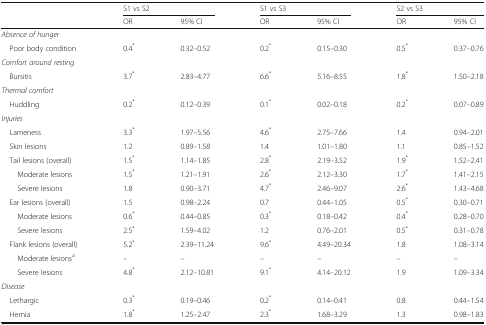
<table><thead><tr><td rowspan="2"></td><td colspan="2"><b>S1 vs S2</b></td><td colspan="2"><b>S1 vs S3</b></td><td colspan="2"><b>S2 vs S3</b></td></tr><tr><td><b>OR</b></td><td><b>95% CI</b></td><td><b>OR</b></td><td><b>95% CI</b></td><td><b>OR</b></td><td><b>95% CI</b></td></tr></thead><tbody><tr><td colspan="7"><i>Absence of hunger</i></td></tr><tr><td> Poor body condition</td><td>0.4<sup>*</sup></td><td>0.32–0.52</td><td>0.2<sup>*</sup></td><td>0.15–0.30</td><td>0.5<sup>*</sup></td><td>0.37–0.76</td></tr><tr><td colspan="7"><i>Comfort around resting</i></td></tr><tr><td> Bursitis</td><td>3.7<sup>*</sup></td><td>2.83–4.77</td><td>6.6<sup>*</sup></td><td>5.16–8.55</td><td>1.8<sup>*</sup></td><td>1.50–2.18</td></tr><tr><td colspan="7"><i>Thermal comfort</i></td></tr><tr><td> Huddling</td><td>0.2<sup>*</sup></td><td>0.12–0.39</td><td>0.1<sup>*</sup></td><td>0.02–0.18</td><td>0.2<sup>*</sup></td><td>0.07–0.89</td></tr><tr><td colspan="7"><i>Injuries</i></td></tr><tr><td> Lameness</td><td>3.3<sup>*</sup></td><td>1.97–5.56</td><td>4.6<sup>*</sup></td><td>2.75–7.66</td><td>1.4</td><td>0.94–2.01</td></tr><tr><td> Skin lesions</td><td>1.2</td><td>0.89–1.58</td><td>1.4</td><td>1.01–1.80</td><td>1.1</td><td>0.85–1.52</td></tr><tr><td> Tail lesions (overall)</td><td>1.5<sup>*</sup></td><td>1.14–1.85</td><td>2.8<sup>*</sup></td><td>2.19–3.52</td><td>1.9<sup>*</sup></td><td>1.52–2.41</td></tr><tr><td>Moderate lesions</td><td>1.5<sup>*</sup></td><td>1.21–1.91</td><td>2.6<sup>*</sup></td><td>2.12–3.30</td><td>1.7<sup>*</sup></td><td>1.41–2.15</td></tr><tr><td>Severe lesions</td><td>1.8</td><td>0.90–3.71</td><td>4.7<sup>*</sup></td><td>2.46–9.07</td><td>2.6<sup>*</sup></td><td>1.43–4.68</td></tr><tr><td> Ear lesions (overall)</td><td>1.5</td><td>0.98–2.24</td><td>0.7</td><td>0.44–1.05</td><td>0.5<sup>*</sup></td><td>0.30–0.71</td></tr><tr><td>Moderate lesions</td><td>0.6<sup>*</sup></td><td>0.44–0.85</td><td>0.3<sup>*</sup></td><td>0.18–0.42</td><td>0.4<sup>*</sup></td><td>0.28–0.70</td></tr><tr><td>Severe lesions</td><td>2.5<sup>*</sup></td><td>1.59–4.02</td><td>1.2</td><td>0.76–2.01</td><td>0.5<sup>*</sup></td><td>0.31–0.78</td></tr><tr><td> Flank lesions (overall)</td><td>5.2<sup>*</sup></td><td>2.39–11.24</td><td>9.6<sup>*</sup></td><td>4.49–20.34</td><td>1.8</td><td>1.08–3.14</td></tr><tr><td>Moderate lesions<sup>a</sup></td><td>–</td><td>–</td><td>–</td><td>–</td><td>–</td><td>–</td></tr><tr><td>Severe lesions</td><td>4.8<sup>*</sup></td><td>2.12–10.81</td><td>9.1<sup>*</sup></td><td>4.14–20.12</td><td>1.9</td><td>1.09–3.34</td></tr><tr><td colspan="7"><i>Disease</i></td></tr><tr><td> Lethargic</td><td>0.3<sup>*</sup></td><td>0.19–0.46</td><td>0.2<sup>*</sup></td><td>0.14–0.41</td><td>0.8</td><td>0.44–1.54</td></tr><tr><td> Hernia</td><td>1.8<sup>*</sup></td><td>1.25–2.47</td><td>2.3<sup>*</sup></td><td>1.68–3.29</td><td>1.3</td><td>0.98–1.83</td></tr></tbody></table>